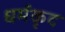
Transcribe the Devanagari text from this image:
धर्मकृद